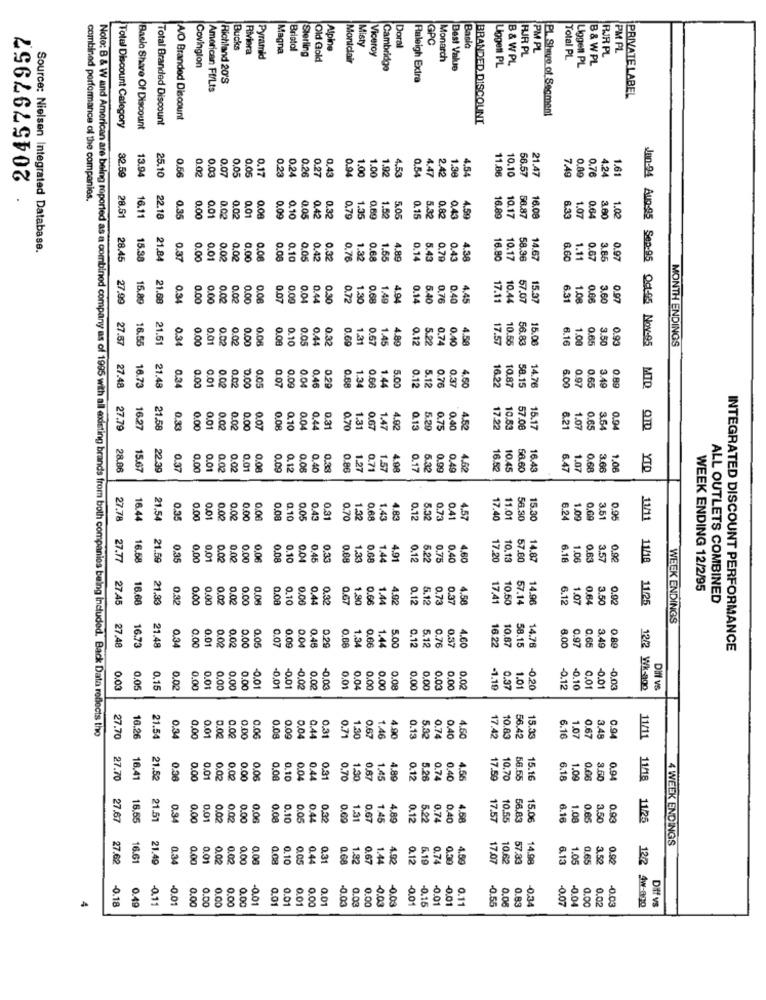
2045797957
Misty
GPC
Bucks
Riviera
Magna
Bristol
Alpine
Doral
Basic
PM PL
RJRPL
PM PL
Pyramid
Sterling
Old Gold
Montclair
Viceroy
Monarch
FR PL
Total PL
Liggen PL
B& W PL
Covington
Cambridge
Best Value
Liggen PL
B & WPL
Richland 20'S
Raleigh Extra
American Ff/Lts
PRIVATE LABEL
PL Shive of Segment
Total Branded Discount
A/O Branded Discount
BRANDED DISCOUNT
Total Discount Category
Basic Share Of Discount
13.94
0.00
0.03
0.07
0.05
0.2
0.24
0.2
0.27
0,43
0.94
1.00
1.00
1.92
4.53
0.54
4.47
2.42
1.36
4.54
11.86
4.24
1.61
32.59
25.10
0.56
0,05
0.17
10.10
56.57
21.47
7.49
0.76
combined performance of the companies.
0.00
0.01
28.51
16.11
22.18
0.35
0.02
0.02
0.01
0.08
0.09
0.10
0.05
0.42
0.32
0.79
1.35
0.69
1.50
5.05
0.15
5.32
0.82
0.43
4.59
10.17
58.87
16.08
6.33
1.07
0.64
3.60
1.02
Source: Nielsen Integrated Database.
15.3
28.45
0.37
0.00
0.01
0.02
0.00
0,00
0.08
0.00
0.10
0,05
0.42
0.32
0.76
1.32
0.68
1.55
4.89
0.14
5.43
0.76
0.45
4.38
16.80
10.17
58.36
14.67
6.60
1.11
0.67
3.85
0.97
27,99
15.89
21.68
0.34
0.00
0.00
0.02
0.02
0.00
0.06
0.07
0.00
0.04
0.44
0.30
0.72
1.30
0.68
1.49
4.94
0.14
5.40
0,76
0.40
4.45
17.11
10.4
57.07
15.37
6.31
1.08
0.06
3.60
0.97
27.57
16.55
21.51
0.34
0.00
0.01
0.02
0.02
0.00
0.08
0.00
0.10
0.05
0.44
0.32
0.69
1.31
0.67
1.45
4.89
0.12
5.22
0.74
0.40
4.58
17.57
10.55
56.83
6.16
1.00
0.65
3.50
0.93
Jan-24 Aug.95 Sep.95 Oct-05 Nov-95
MONTH ENDINGS
0.34
0.01
0.02
0.02
0.00
0.07
0.09
0.04
0.20
0.68
1.44
5.00
0.76
0.37
3.49
0.89
27.48
16.73
0.00
0.05
0.46
1.34
0.12
5.12
4.60
16.22
6.00
0.97
0.65
MID
0.10
0.67
3.5
27.79
16.27
21.58
0.33
0.00
0.01
0.02
0.02
0.00
0.07
0.08
0.04
0.44
0.31
0.70
1.31
1.47
4.02
0.13
5.29
0.75
0.40
4.52
17.22
:8
10.53
15.17
6.21
1.07
0.65
0.94
QTD
28.06
22.39
0.37
0.00
0.01
0.02
0.02
0.01
0.00
0.09
0.12
0.00
0.40
0.3
0.86
1.27
0.71
1.57
4.98
0.17
6.32
0.99
0.49
4.62
16.52
10.45
68.60
16.43
6.47
1.07
0.68
3.6
1.06
YTO
0.70
27.78
16.44
21.54
0.35
0.00
0.01
0.02
0.02
0.00
0.06
0,08
0.10
0.05
0.43
0.31
1.32
1.43
4.83
0.12
5.32
0.73
0.41
4.57
17.40
11.01
15.30
6.24
1.09
3.51
0.96
11/11
27.77
0.35
0,00
0,01
0.02
0.02
0.00
0,06
0.08
0.10
0.04
0,45
0.33
0.68
1.33
0.68
1.44
4.91
0.12
5.22
0.75
0.40
4.60
17.20
10.13
6.18
1.06
0.83
3.57
0.90
11/18
WEEK ENDING 12/2/95
27.45
0.32
0.00
0.00
0,02
0.02
0.00
0.08
0.08
0.10
0.00
0.44
0.32
0.67
1.90
0.66
1.44
4.02
0.12
5.12
0.73
0.37
4.58
17.4
14.96
6.12
1.07
0.64
3.50
0.92
11/25
ALL OUTLETS COMBINED
WEEK ENDINGS
27.48
16.73
21.48
0.34
0.00
0.01
0.02
0.00
0.05
0.07
0.04
0.46
0.29
0.68
0.66
1.44
5.00
0.1
5.12
0.37
4.60
10.87
6.00
0.65
3.4
0.02
0.09
1.34
0.76
16.22
58.15
14.76
0.97
INTEGRATED DISCOUNT PERFORMANCE
-0.01
-0.01
-0.01
-0.00
-0.20
-0.1
0.03
0,05
0.15
0.02
0.00
0.01
0.00
0.00
0.00
0.02
-0,03
0.01
0.04
0.00
0.00
0.08
0.00
0.00
0,03
0.00
0.02
-1.19
0.37
1.01
-0.10
0.01
-0.01
0.03
12/2 Wk-ago
Diff vs
Note: B & W and American are being reported as a combined company as of 1995 with all existing brands from both companies being included. Back Data reflects the
0.01
0.02
0.02
0.00
0.06
0.08
0.09
0,04
0.31
0.71
0.67
0.1
5.33
0.74
3.4
27.70
16.26
0.34
0,00
0.44
1.30
1.46
4.90
0.40
4.60
17.42
10.83
56.42
15.33
6.16
1.07
0.67
0.94
11/11
27.70
16.41
0.36
0.00
0.01
0.02
0.00
0.00
0.06
0.00
0.10
0.04
0.44
0.31
0.70
1.30
0.67
1.45
4.89
0.12
5.26
0.74
0.40
4.55
17.59
6.18
1.09
0.66
3.50
0.94
11/18
27.67
16.55
0.34
0.00
0.01
0.02
0.02
0.00
0.06
0.08
0.10
0.05
0.44
0,32
0.69
1.31
0.67
1.45
4.89
0.12
5.22
0.74
0.40
4.58
17.57
10,55
15.06
6.16
1.08
0.65
3.50
0.93
11/25
4 WEEK ENDINGS
16.61
21.49
0.34
0.00
0.01
0.02
0.02
0.00
0.06
0.08
0.10
0.05
0.4
0.31
0.68
1.32
0.67
1.44
4.92
0.12
6.19
0.74
0.30
4.50
10.62
6.13
1.05
0.65
3.50
0.92
12/2
-0.18
0.49
-0.11
-0.01
0.00
0.00
0.00
0.00
0.00
-0.01
0.01
0.01
0.01
0.00
0.01
-0.03
0.03
0.00
-0.03
-0.03
-0.01
0,15
0.11
-0.55
0.00
0.83
-0.07
88
-0.04
0.02
-0.03
12/2 w-ago
Diff vs
-0.01
-0.01
-0.34